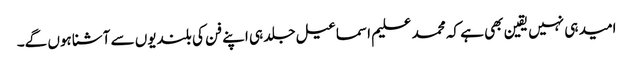
امید ہی نہیں یقین بھی ہے کہ محمد علیم اسماعیل جلد ہی اپنے فن کی بلندیوں سے آشنا ہوں گے۔